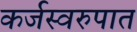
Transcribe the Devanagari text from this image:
कर्जस्वरुपात